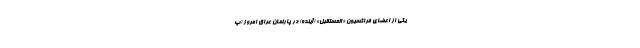
یکی از اعضای فراکسیون «المستقبل» (آینده) در پارلمان عراق امروز (پ